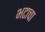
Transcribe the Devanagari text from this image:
भटाचा